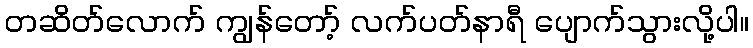
တဆိတ်လောက် ကျွန်တော့် လက်ပတ်နာရီ ပျောက်သွားလို့ပါ။